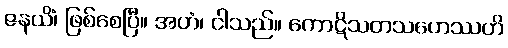
ဇနယိံ၊ ဖြစ်စေပြီ။ အဟံ၊ ငါသည်။ ကောဋိသတသဟေဿဟိ